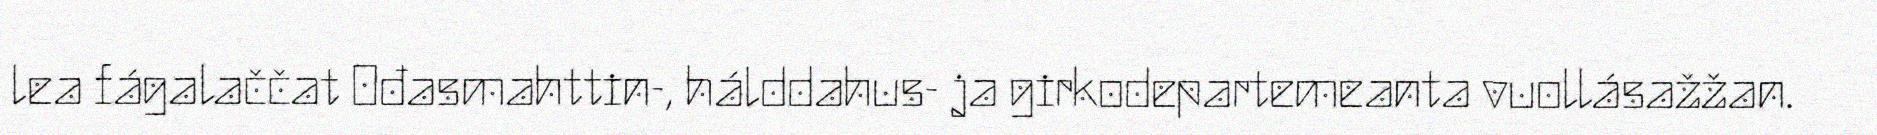
lea fágalaččat Ođasmahttin-, hálddahus- ja girkodepartemeanta vuollásažžan.